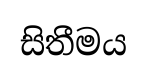
සිතීමය